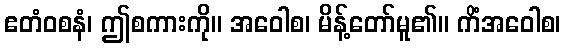
ဧတံဝစနံ၊ ဤစကားကို။ အဝေါစ၊ မိန့်တော်မူ၏။ ကိံအဝေါစ၊